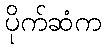
ပိုက်ဆံက